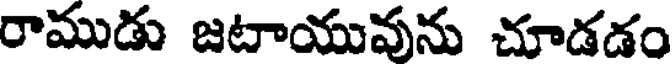
రాముడు జటాయువును చూడడం